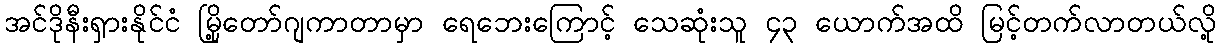
အင်ဒိုနီးရှားနိုင်ငံ မြို့တော်ဂျကာတာမှာ ရေဘေးကြောင့် သေဆုံးသူ ၄၃ ယောက်အထိ မြင့်တက်လာတယ်လို့